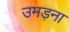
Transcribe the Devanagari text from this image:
उमड़ना